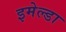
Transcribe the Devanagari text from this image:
इमेल्डा